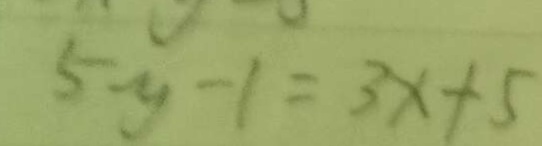
5 y - 1 = 3 x + 5